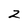
Character: 2